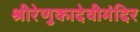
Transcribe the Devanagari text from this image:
श्रीरेणुकादेवीमंदिर